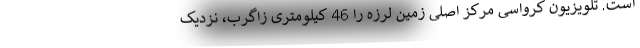
است. تلویزیون کرواسی مرکز اصلی زمین لرزه را 46 کیلومتری زاگرب، نزدیک